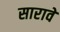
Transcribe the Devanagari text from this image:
सारावे